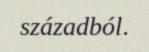
századból.